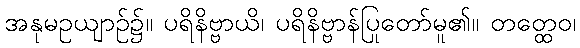
အနုမဥယျာဉ်၌။ ပရိနိဗ္ဗာယိ၊ ပရိနိဗ္ဗာန်ပြုတော်မူ၏။ တတ္ထေဝ၊